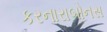
કરનારાબોનસ